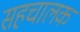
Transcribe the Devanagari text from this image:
सहचालक